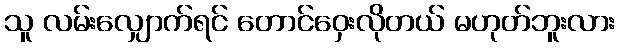
သူ လမ်းလျှောက်ရင် တောင်ဝှေးလိုတယ် မဟုတ်ဘူးလား